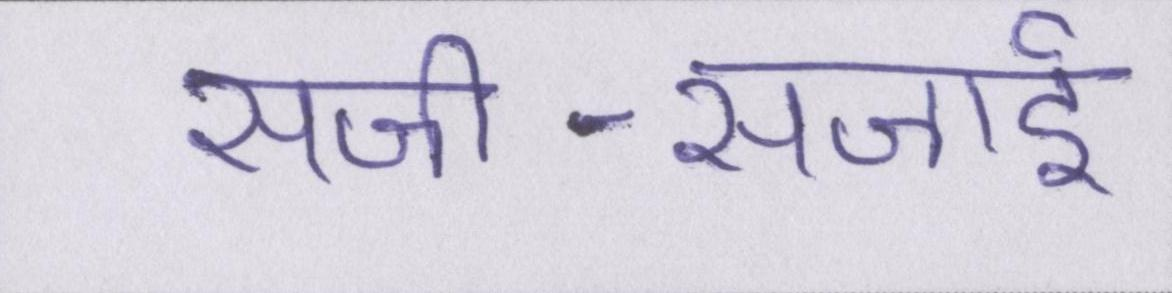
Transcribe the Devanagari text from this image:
सजी-सजाई